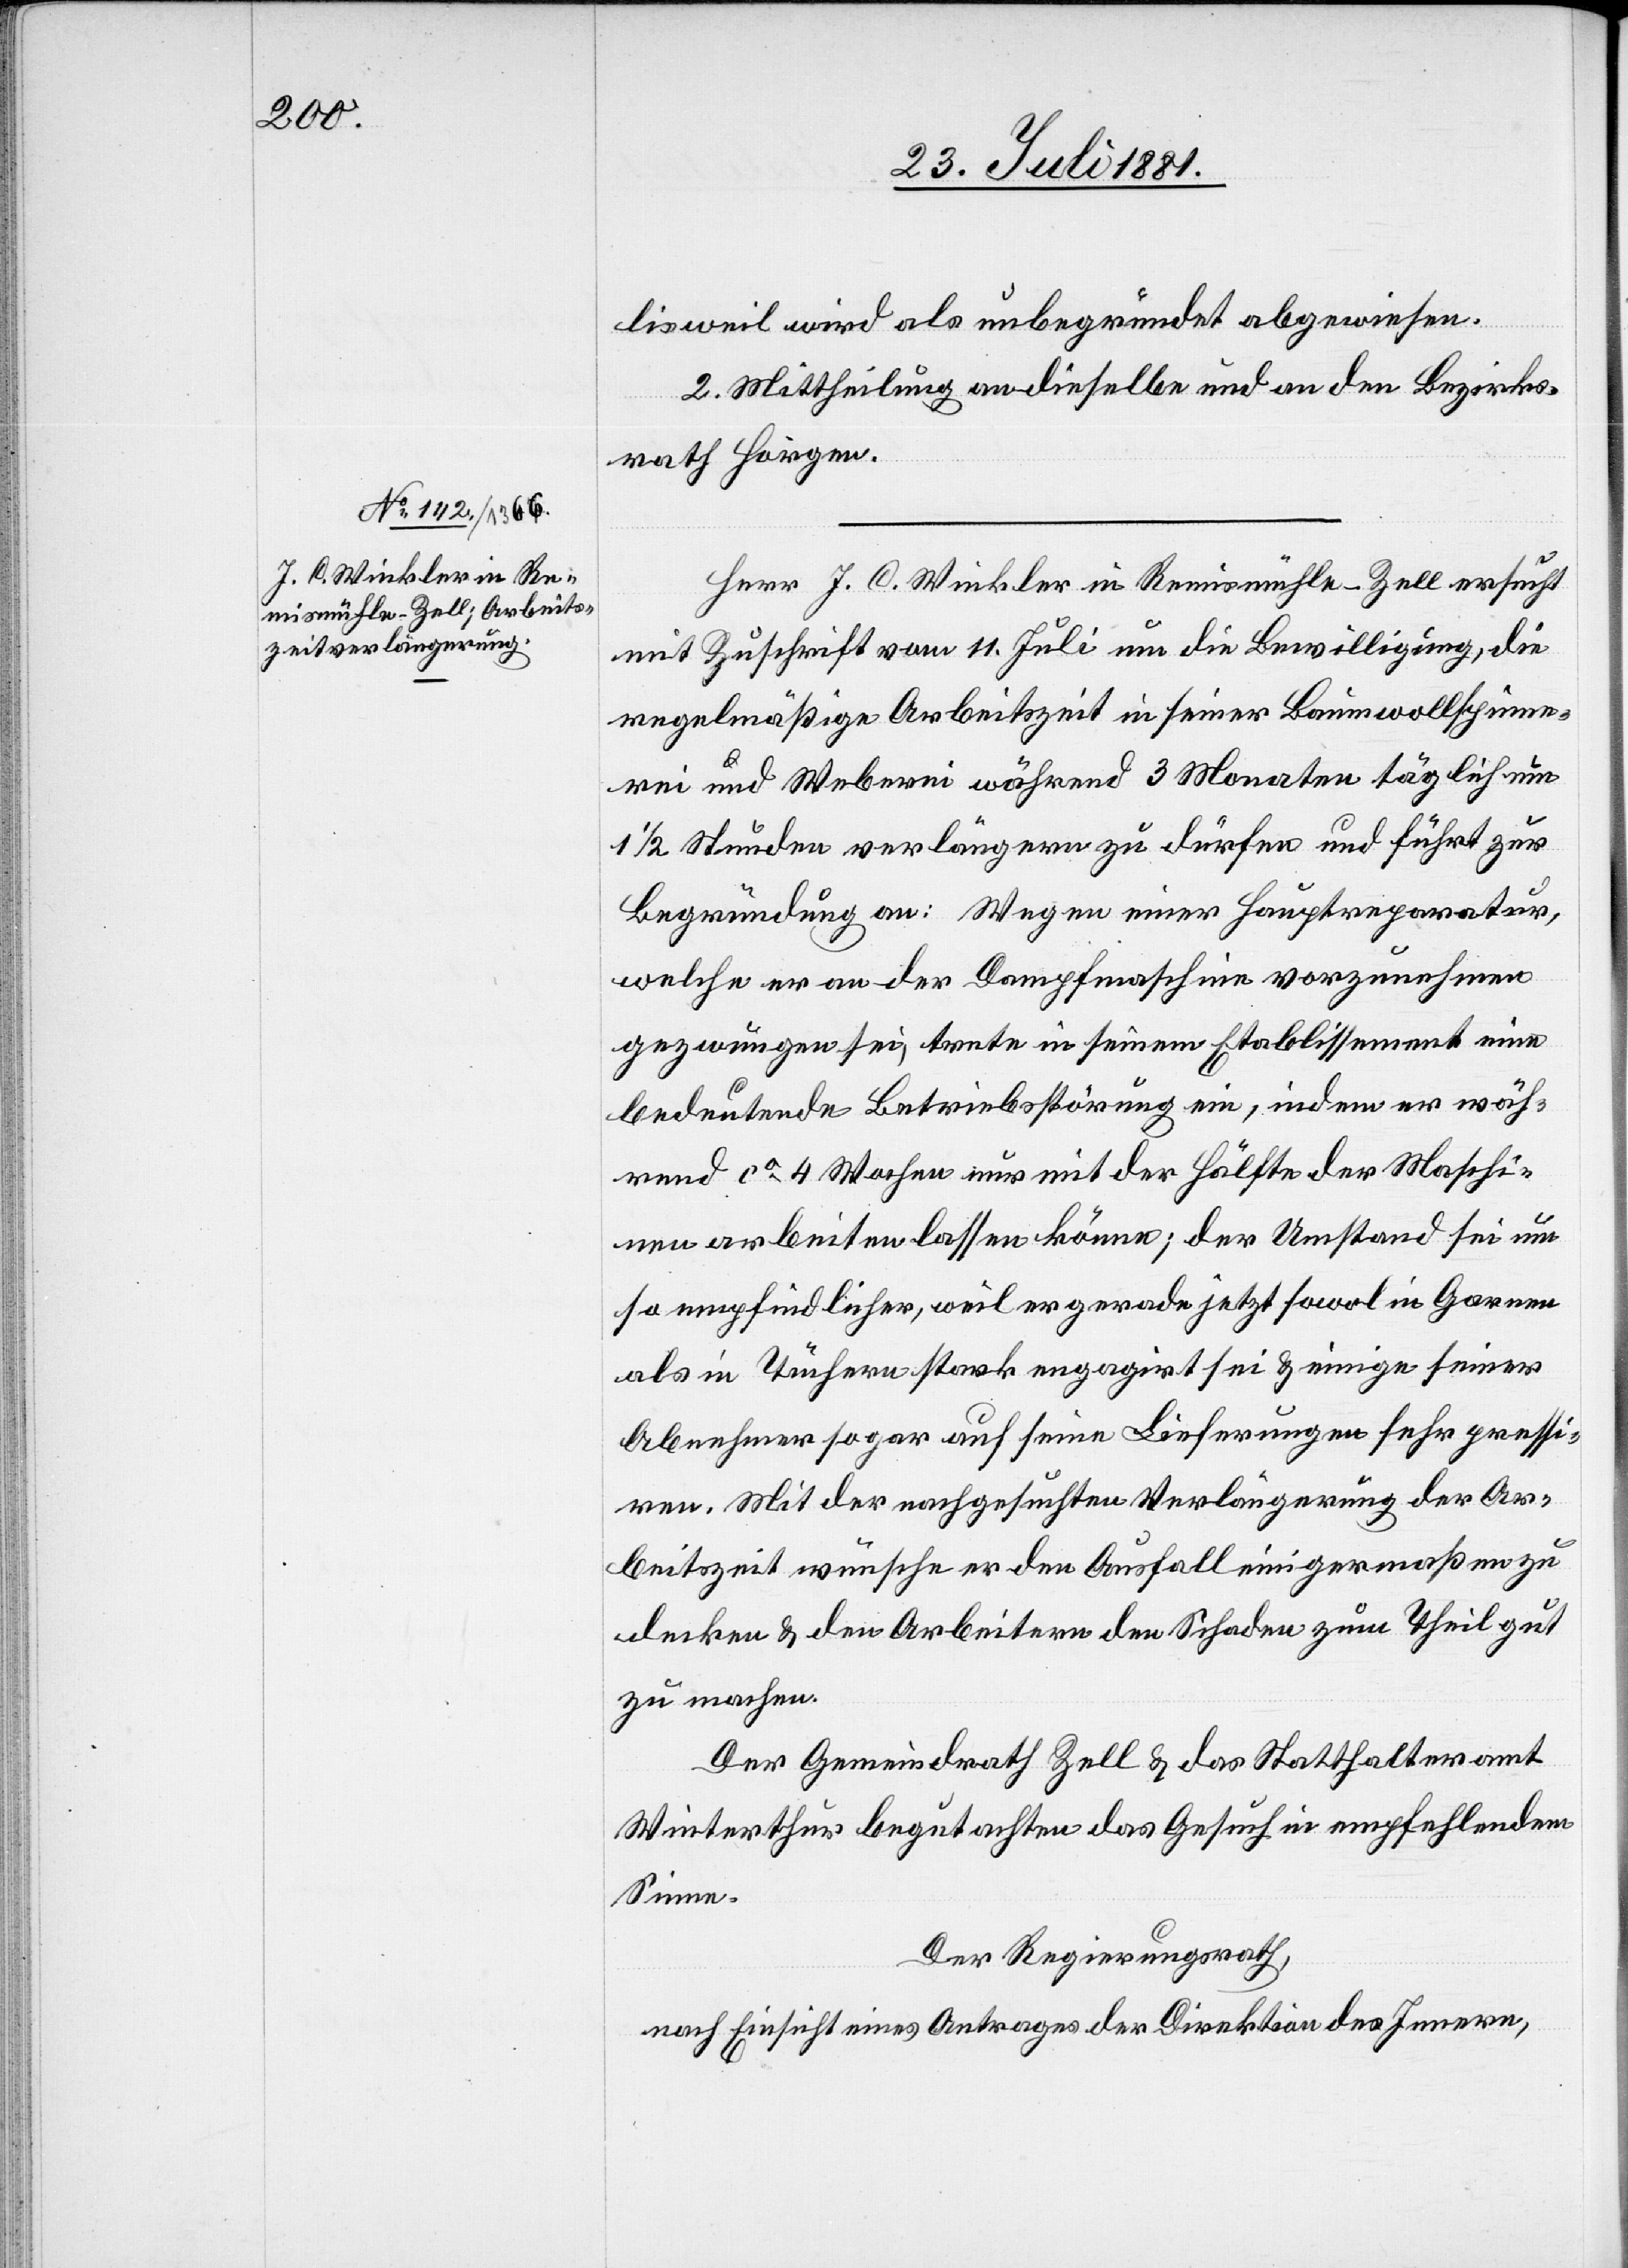
lisweil wird als unbegründet abgewiesen.
2. Mittheilung an dieselbe und an den Bezirks¬
rath Horgen.
Herr J. C. Winkler in Rennsmühle - Zell ersucht
mit Zuschrift vom 11. Juli um die Bewilligung, die
regelmäßige Arbeitszeit in seiner Baumwollspinne¬
rei und Weberei während 3 Monaten täglich um
1/2 Stunden verlängern zu dürfen und führt zur
Begründung an: Wegen einer Hauptreparatur,
welche er an der Dampfmaschine vorzunehmen
gezwungen sei, trete in seinem Etablissement eine
bedeutende Betriebsstörung ein, indem er wäh¬
rend ca 4 Wochen nur mit der Hälfte der Maschi¬
nen arbeiten lassen könne; der Umstand sei um
so empfindlicher, weil er gerade jetzt sowol in Garnen
als in Tüchern stark engagirt sei & einige seiner
Abnehmer sogar auf seine Lieferungen sehr pressi¬
ren. Mit der nachgesuchten Verlängerung der Ar¬
beitszeit wünsche er den Ausfall einigermaßen zu
decken & den Arbeitern den Schaden zum Theil gut
zu machen.
Der Gemeindrath Zell & das Statthalteramt
Winterthur begutachten das Gesuch in empfehlendem
Sinne.
Der Regierungsrath,
nach Einsicht eines Antrages der Direktion des Innern,